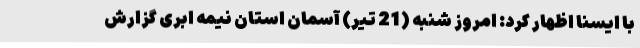
با ایسنا اظهار کرد: امروز شنبه (21 تیر) آسمان استان نیمه ابری گزارش